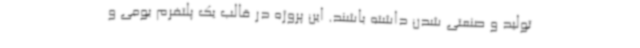
تولید و صنعتی شدن داشته باشند. این پروژه در قالب یک پلتفرم بومی و